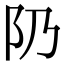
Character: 𨸐